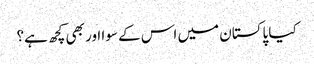
کیا پاکستان میں اس کے سوا اور بھی کچھ ہے؟